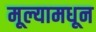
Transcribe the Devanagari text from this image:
मूल्यामधून